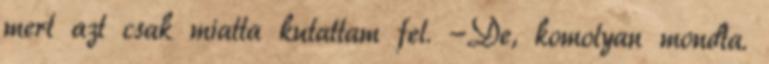
mert azt csak miatta kutattam fel. -De, komolyan mondta.